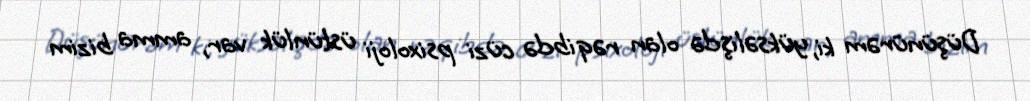
Düşünürəm ki, yüksəlişdə olan rəqibdə cüzi psixoloji üstünlük var, amma bizim